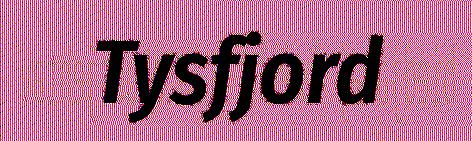
Tysfjord